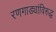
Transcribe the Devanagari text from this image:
रणगाड्यांविरुद्ध